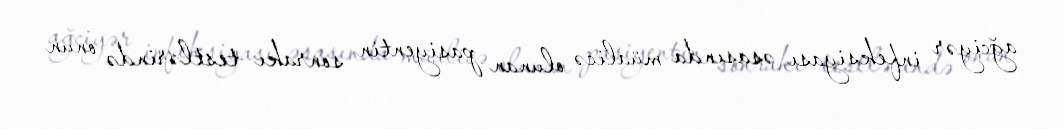
ağciyər infeksiyası əsasında müalicə olunan pasiyentin sonrakı testlərində onun